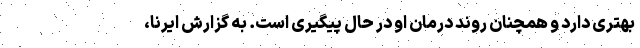
بهتری دارد و همچنان روند درمان او در حال پیگیری است. به گزارش ایرنا،